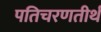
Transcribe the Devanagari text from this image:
पतिचरणतीर्थ